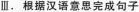
Ⅲ. 根据汉语意思完成句子